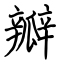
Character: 瓣